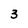
Character: 3